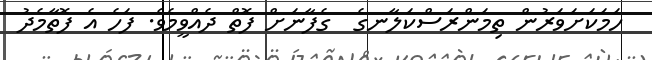
ހަމަކަށަވަރުން ތިމަންރަސްކަލާނގެ  ގެފާނަށް ފޮތް ދެއްވީމެވެ. ފަހެ އެ ފޮތާމެދު